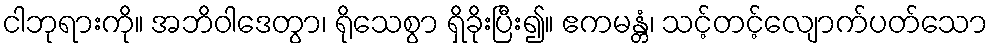
ငါဘုရားကို။ အဘိဝါဒေတွာ၊ ရိုသေစွာ ရှိခိုးပြီး၍။ ဧကမန္တံ၊ သင့်တင့်လျောက်ပတ်သော